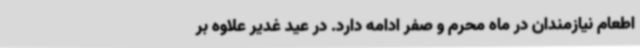
اطعام نیازمندان در ماه محرم و صفر ادامه دارد. در عید غدیر علاوه بر